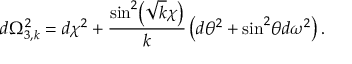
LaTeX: d \Omega _ { 3 , k } ^ { 2 } = d \chi ^ { 2 } + \frac { \sin ^ { 2 } \! \left( \sqrt { k } \chi \right) } { k } \left( d \theta ^ { 2 } + \sin ^ { 2 } \! \theta d \omega ^ { 2 } \right) .